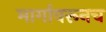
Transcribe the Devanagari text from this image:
मार्गावरूनच